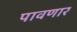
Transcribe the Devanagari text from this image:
पावणार